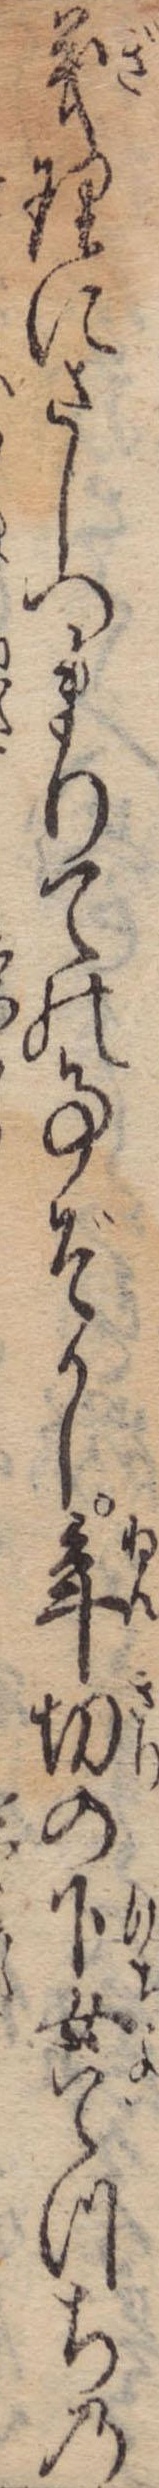
義理にさしつまりての事ぞかし年切の下女てつちの